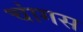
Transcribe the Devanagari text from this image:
चांगस